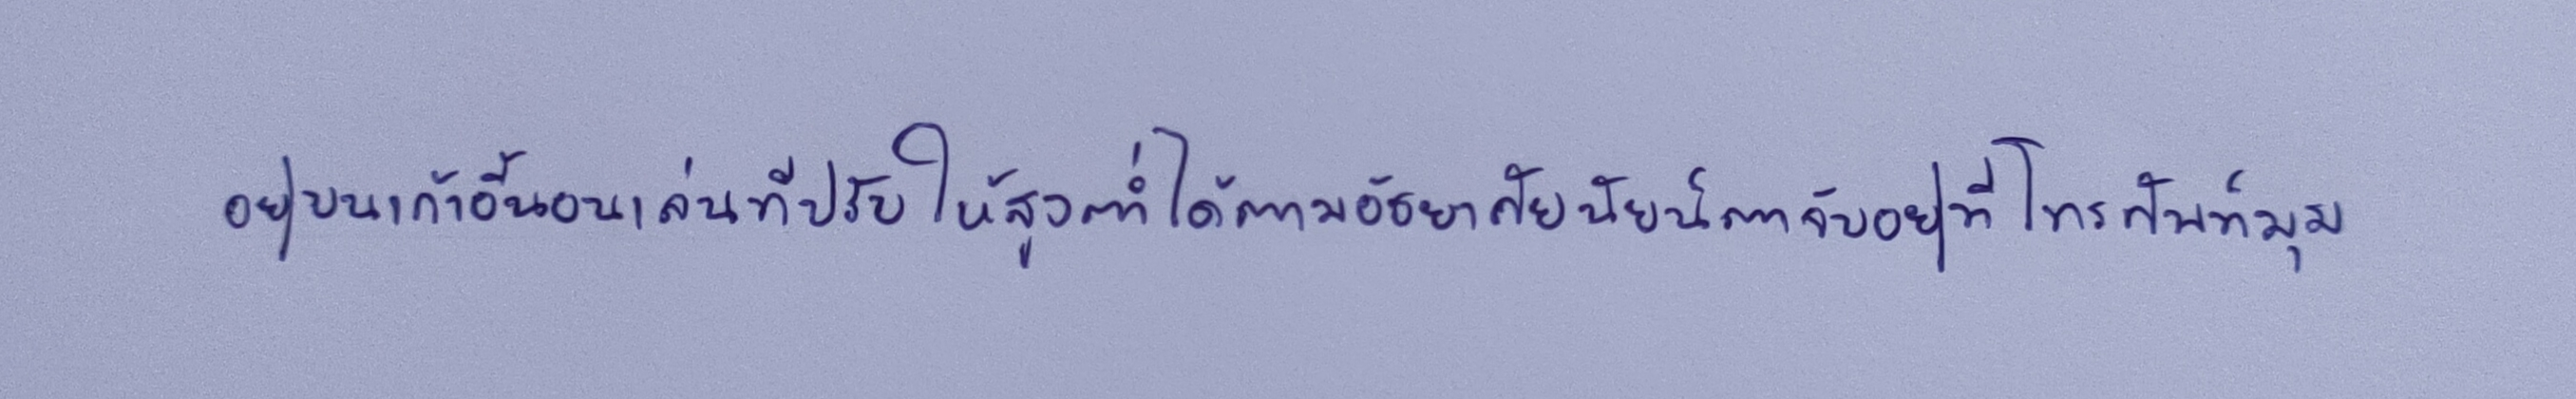
อยู่บนเก้าอี้นอนเล่นที่ปรับให้สูงต่ำได้ตามอัธยาศัยนัยน์ตาจับอยู่ที่โทรศัพท์มุม